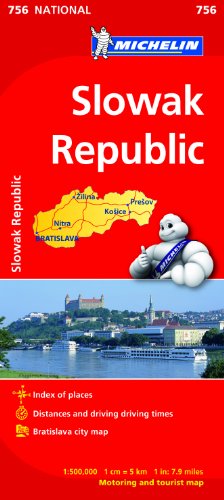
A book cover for Slovak Republic (Michelin National Maps); Travel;